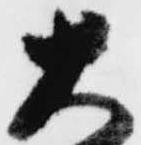
大